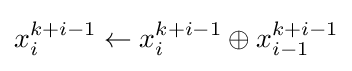
x_{i}^{k+i-1}\gets x_{i}^{k+i-1}\oplus x_{i-1}^{k+i-1}